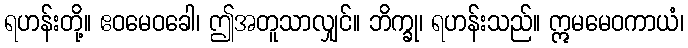
ရဟန်းတို့။ ဧဝမေဝခေါ၊ ဤအတူသာလျှင်။ ဘိက္ခု၊ ရဟန်းသည်။ ဣမမေဝကာယံ၊